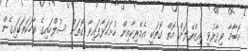
އޮބާމާ ވިދާޅުވީ އިޒްރޭލަށް އޮތް ގޮތަކީ އެމެރިކާއިން ހުށަހަޅާފައިވާ ގޮތަށް ސުލްހައިގެ ވާހަކަތަކައިގެން